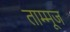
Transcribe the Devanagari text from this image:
ताम्मूज